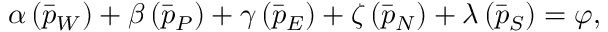
\begin{array} { r } { \boldsymbol { \alpha } \left( \Bar { p } _ { W } \right) + \boldsymbol { \beta } \left( \Bar { p } _ { P } \right) + \boldsymbol { \gamma } \left( \Bar { p } _ { E } \right) + \boldsymbol { \zeta } \left( \Bar { p } _ { N } \right) + \boldsymbol { \lambda } \left( \Bar { p } _ { S } \right) = \boldsymbol { \varphi } , } \end{array}